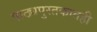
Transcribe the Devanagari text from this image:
पाठ्यपुस्तकातही